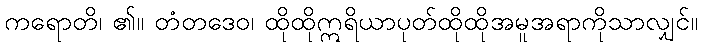
ကရောတိ၊ ၏။ တံတဒေဝ၊ ထိုထိုဣရိယာပုတ်ထိုထိုအမူအရာကိုသာလျှင်။